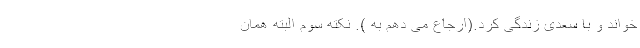
خواند و با سعدی زندگی کرد.(ارجاع می دهم به ). نکته سوم البته همان